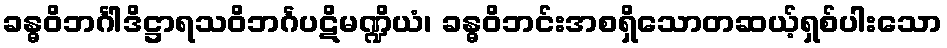
ခန္ဓဝိဘင်္ဂါဒိဋ္ဌာရသဝိဘင်္ဂပဋိမဏ္ဍိယံ၊ ခန္ဓဝိဘင်းအစရှိသောတဆယ့်ရှစ်ပါးသော